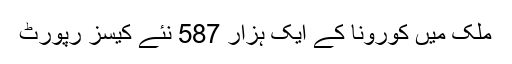
ملک میں کورونا کے ایک ہزار 587 نئے کیسز رپورٹ